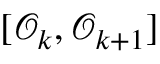
[ \mathcal { O } _ { k } , \mathcal { O } _ { k + 1 } ]